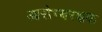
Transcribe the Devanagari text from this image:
आरोग्यरक्षक